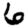
Digit: 6